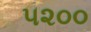
૫૨૦૦